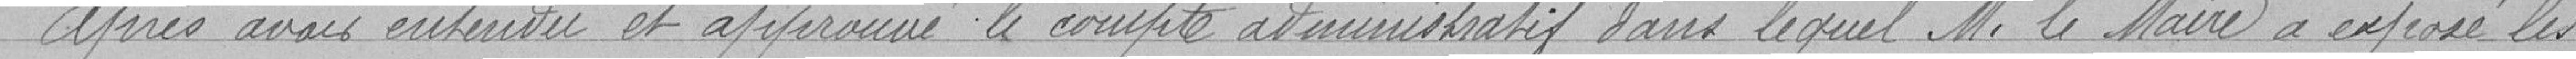
Après avoir entendu et approuvé le compte administratif dans lequel M. le Maire a exposé les